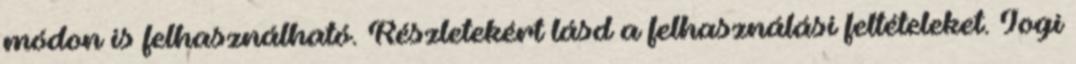
módon is felhasználható. Részletekért lásd a felhasználási feltételeket. Jogi